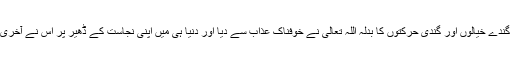
مرزا کے گندے خیالوں اور گندی حرکتوں کا بدلہ اللہ تعالیٰ نے خوفناک عذاب سے دیا اور دنیا ہی میں اپنی نجاست کے ڈھیر پر اس نے آخری سانس لیا۔